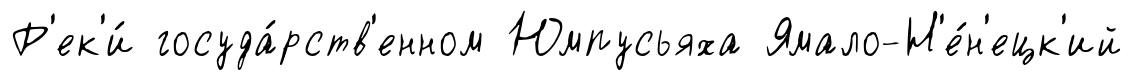
Р'ек'и́ госуда́рств'енном Юмпусьяха Ямало-Н'е́н'ецк'ий